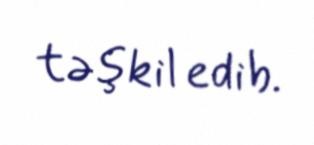
təşkil edib.